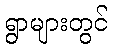
ရွာများတွင်